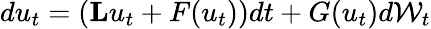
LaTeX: du_{t}=(\mathbf{L}u_{t}+F(u_{t}))dt+G(u_{t})d\mathcal{W}_{t}